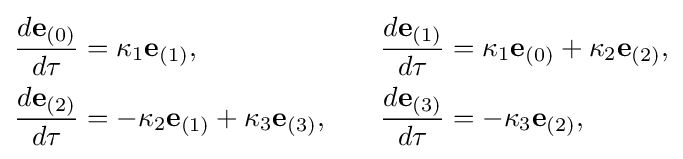
{\begin{aligned}{\frac {d\mathbf {e} _{(0)}}{d\tau }}&=\kappa _{1}\mathbf {e} _{(1)},&{\frac {d\mathbf {e} _{(1)}}{d\tau }}&=\kappa _{1}\mathbf {e} _{(0)}+\kappa _{2}\mathbf {e} _{(2)},\\{\frac {d\mathbf {e} _{(2)}}{d\tau }}&=-\kappa _{2}\mathbf {e} _{(1)}+\kappa _{3}\mathbf {e} _{(3)},\quad &{\frac {d\mathbf {e} _{(3)}}{d\tau }}&=-\kappa _{3}\mathbf {e} _{(2)},\end{aligned}}